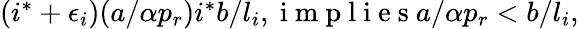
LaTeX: \begin{array}{r}{(i^{*}+\epsilon_{i})(a/\alpha p_{r})i^{*}b/l_{i},\mathrm{~i~m~p~l~i~e~s~}a/\alpha p_{r}<b/l_{i},}\end{array}